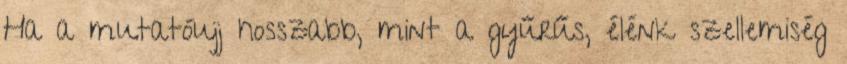
Ha a mutatóujj hosszabb, mint a gyűrűs, élénk szellemiség